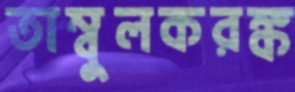
তাম্বুলকরঙ্ক